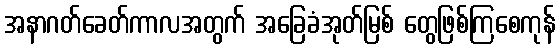
အနာဂတ်ခေတ်ကာလအတွက် အခြေခံအုတ်မြစ် တွေဖြစ်ကြစေကုန်